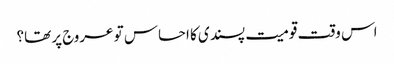
اس وقت قومیت پسندی کا احساس تو عروج پر تھا؟